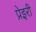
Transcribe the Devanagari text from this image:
प्रेइरी